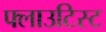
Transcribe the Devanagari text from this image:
फ्लाउटिस्ट